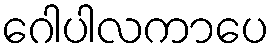
ဂေါပါလကာပေ